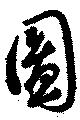
圖